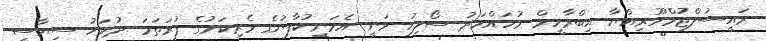
ރައީސުލްޖުމްހޫރިއްޔާ އިބްރާހީމް މުހައްމަދު ސޯލިހު ވަނީ އެމަނިކުފާނުގެ ވެރިކަމުގެ ފުރަތަމަ ދުވަހު ސިޔާސީ